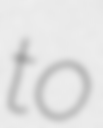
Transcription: to